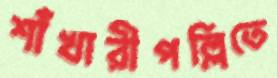
শাঁখারীপল্লিতে